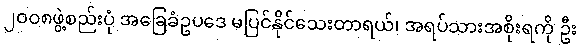
၂ဝဝ၈ဖွဲ့စည်းပုံ အခြေခံဥပဒေ မပြင်နိုင်သေးတာရယ်၊ အရပ်သားအစိုးရကို ဦး